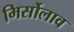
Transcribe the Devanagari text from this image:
मिर्सोलाव